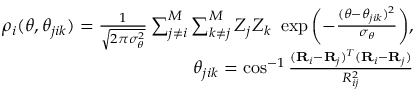
\begin{array} { r } { \rho _ { i } ( \theta , \theta _ { j i k } ) = \frac { 1 } { \sqrt { 2 \pi \sigma _ { \theta } ^ { 2 } } } \sum _ { j \neq i } ^ { M } \sum _ { k \neq j } ^ { M } Z _ { j } Z _ { k } ~ \exp { \left( - \frac { ( \theta - \theta _ { j i k } ) ^ { 2 } } { \sigma _ { \theta } } \right) } , } \\ { \theta _ { j i k } = \cos ^ { - 1 } \frac { ( \mathbf { R } _ { i } - \mathbf { R } _ { j } ) ^ { T } ( \mathbf { R } _ { i } - \mathbf { R } _ { j } ) } { R _ { i j } ^ { 2 } } } \end{array}